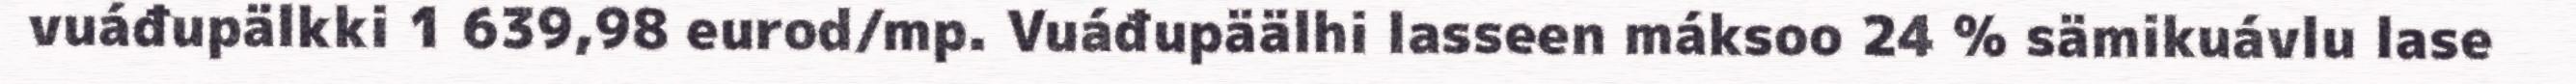
vuáđupälkki 1 639,98 eurod/mp. Vuáđupäälhi lasseen máksoo 24 % sämikuávlu lase